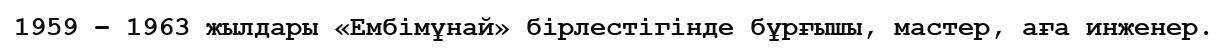
1959 – 1963 жылдары «Ембімұнай» бірлестігінде бұрғышы, мастер, аға инженер.